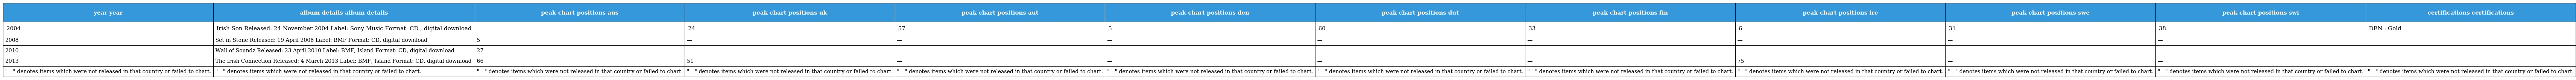
| year year | album details album details | peak chart positions aus | peak chart positions uk | peak chart positions aut | peak chart positions den | peak chart positions dut | peak chart positions fin | peak chart positions ire | peak chart positions swe | peak chart positions swi | certifications certifications |
 | --- | --- | --- | --- | --- | --- | --- | --- | --- | --- | --- | --- |
 | 2004 | Irish Son Released: 24 November 2004 Label: Sony Music Format: CD , digital download | — | 24 | 57 | 5 | 60 | 33 | 6 | 31 | 38 | DEN : Gold |
 | 2008 | Set in Stone Released: 19 April 2008 Label: BMF Format: CD, digital download | 5 | — | — | — | — | — | — | — | — |  |
 | 2010 | Wall of Soundz Released: 23 April 2010 Label: BMF, Island Format: CD, digital download | 27 | — | — | — | — | — | — | — | — |  |
 | 2013 | The Irish Connection Released: 4 March 2013 Label: BMF, Island Format: CD, digital download | 66 | 51 | — | — | — | — | 75 | — | — |  |
 | "—" denotes items which were not released in that country or failed to chart. | "—" denotes items which were not released in that country or failed to chart. | "—" denotes items which were not released in that country or failed to chart. | "—" denotes items which were not released in that country or failed to chart. | "—" denotes items which were not released in that country or failed to chart. | "—" denotes items which were not released in that country or failed to chart. | "—" denotes items which were not released in that country or failed to chart. | "—" denotes items which were not released in that country or failed to chart. | "—" denotes items which were not released in that country or failed to chart. | "—" denotes items which were not released in that country or failed to chart. | "—" denotes items which were not released in that country or failed to chart. | "—" denotes items which were not released in that country or failed to chart. |